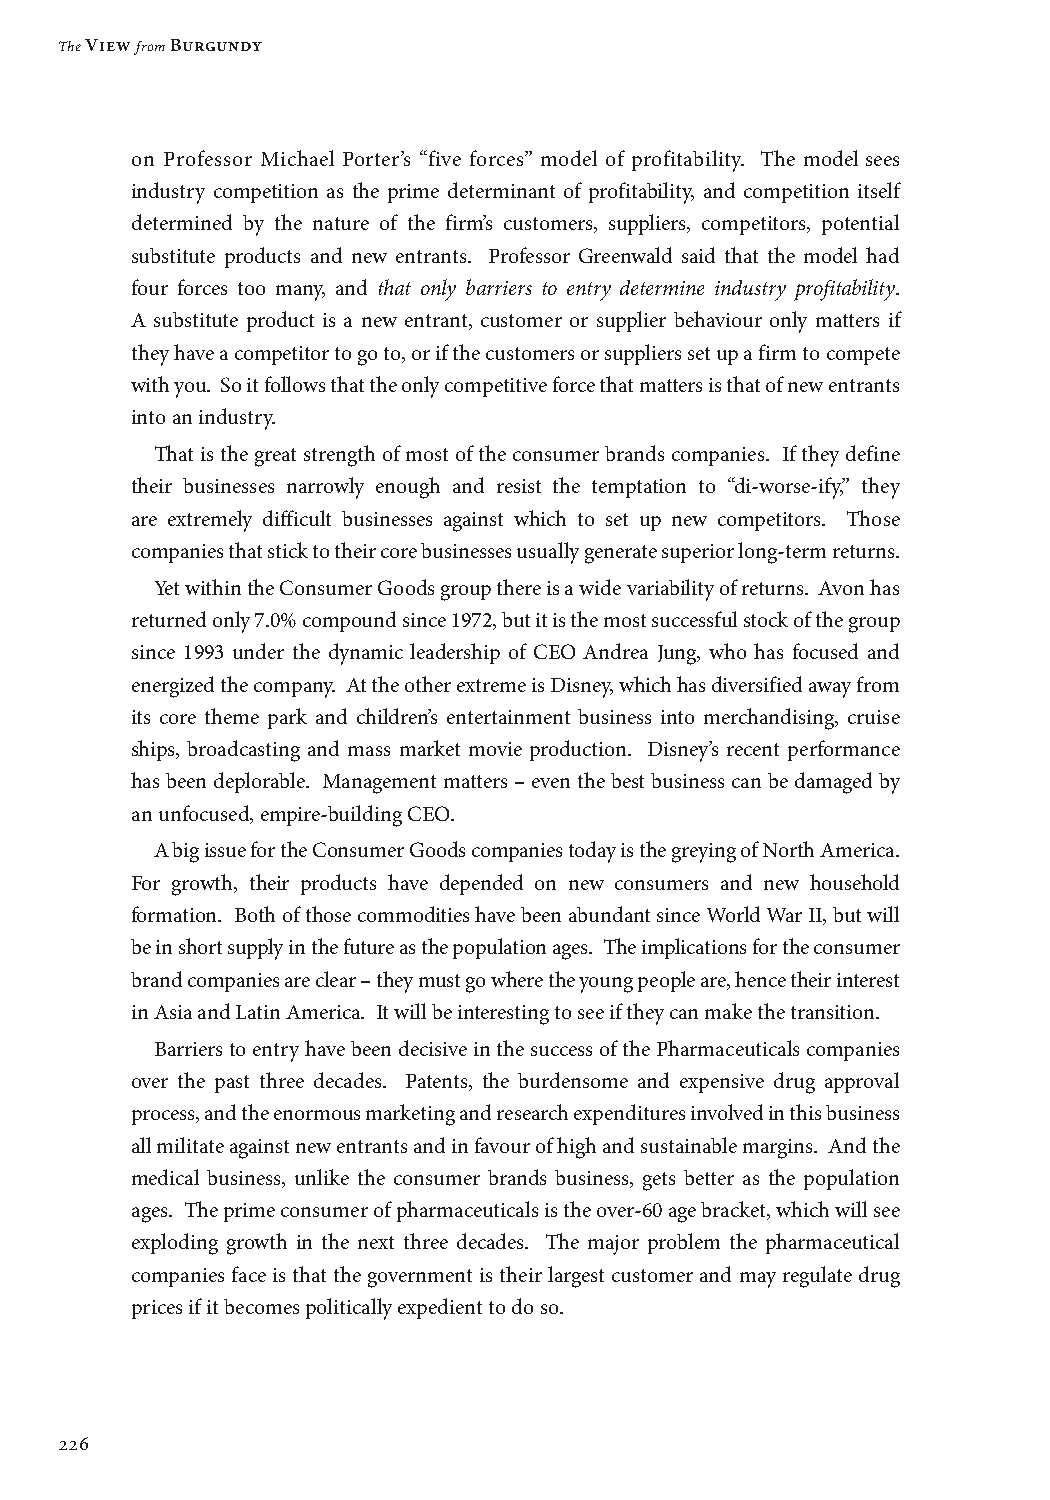
The View from Burgundy
 on Professor Michael Porter’s “five forces” model of profitability. The model sees
 industry competition as the prime determinant of profitability, and competition itself
 determined by the nature of the firm’s customers, suppliers, competitors, potential
 substitute products and new entrants. Professor Greenwald said that the model had
 four forces too many, and that only barriers to entry determine industry profitability.
 A substitute product is a new entrant, customer or supplier behaviour only matters if
 they have a competitor to go to, or if the customers or suppliers set up a firm to compete
 with you. So it follows that the only competitive force that matters is that of new entrants
 into an industry.
 That is the great strength of most of the consumer brands companies. If they define
 their businesses narrowly enough and resist the temptation to “di-worse-ify,” they
 are extremely difficult businesses against which to set up new competitors. Those
 companies that stick to their core businesses usually generate superior long-term returns.
 Yet within the Consumer Goods group there is a wide variability of returns. Avon has
 returned only 7.0% compound since 1972, but it is the most successful stock of the group
 since 1993 under the dynamic leadership of CEO Andrea Jung, who has focused and
 energized the company. At the other extreme is Disney, which has diversified away from
 its core theme park and children’s entertainment business into merchandising, cruise
 ships, broadcasting and mass market movie production. Disney’s recent performance
 has been deplorable. Management matters – even the best business can be damaged by
 an unfocused, empire-building CEO.
 A big issue for the Consumer Goods companies today is the greying of North America.
 For growth, their products have depended on new consumers and new household
 formation. Both of those commodities have been abundant since World War II, but will
 be in short supply in the future as the population ages. The implications for the consumer
 brand companies are clear – they must go where the young people are, hence their interest
 in Asia and Latin America. It will be interesting to see if they can make the transition.
 Barriers to entry have been decisive in the success of the Pharmaceuticals companies
 over the past three decades. Patents, the burdensome and expensive drug approval
 process, and the enormous marketing and research expenditures involved in this business
 all militate against new entrants and in favour of high and sustainable margins. And the
 medical business, unlike the consumer brands business, gets better as the population
 ages. The prime consumer of pharmaceuticals is the over-60 age bracket, which will see
 exploding growth in the next three decades. The major problem the pharmaceutical
 companies face is that the government is their largest customer and may regulate drug
 prices if it becomes politically expedient to do so.
 226